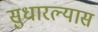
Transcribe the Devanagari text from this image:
सुधारल्यास